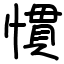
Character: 慣